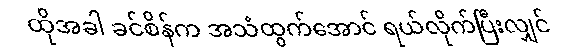
ထိုအခါ ခင်စိန်က အသံထွက်အောင် ရယ်လိုက်ပြီးလျှင်